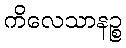
ကိလေသာနဉ္စ